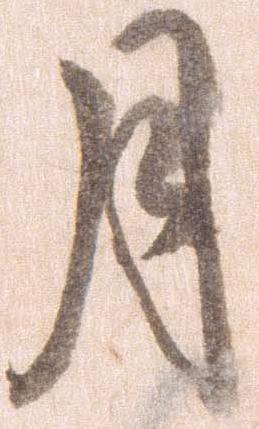
月